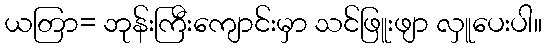
ယတြာ= ဘုန်းကြီးကျောင်းမှာ သင်ဖြူးဖျာ လှူပေးပါ။